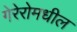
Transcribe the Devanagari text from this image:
गेरेरोमधील